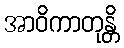
အာဝိကာတုန္တိ